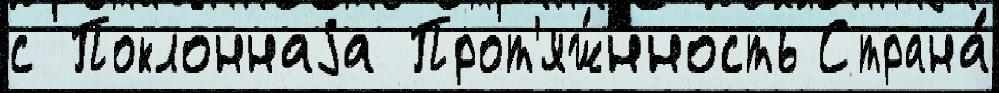
с Поклоннаjа Прот'яж́нность Страна́